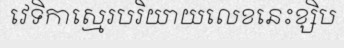
វេទិកាស្មេរបរិយាយលេខនេះខ្សិប